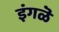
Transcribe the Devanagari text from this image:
इंगळॆ